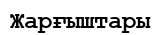
Жарғыштары